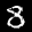
Label: 8